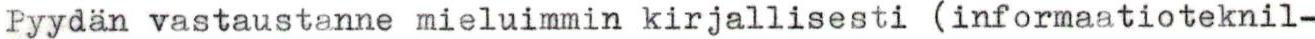
Pyydän vastaustanne mieluimmin kirjallisesti (informaatioteknil-